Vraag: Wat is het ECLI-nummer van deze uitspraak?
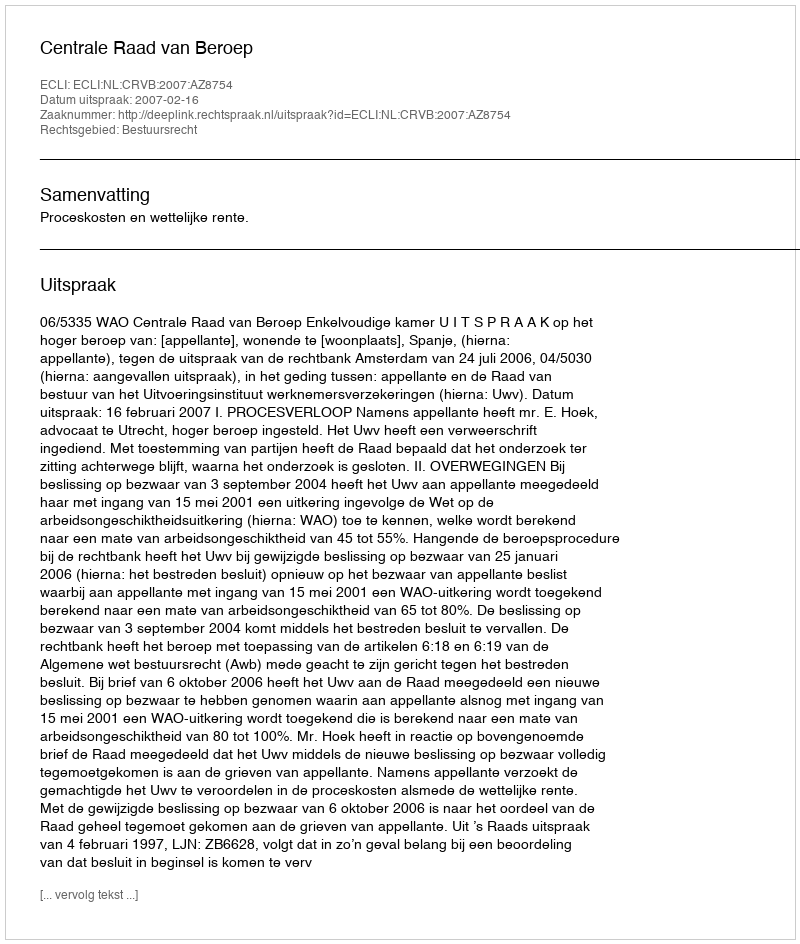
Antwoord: ECLI:NL:CRVB:2007:AZ8754